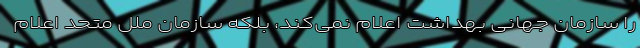
را سازمان جهانی بهداشت اعلام نمی‌کند، بلکه سازمان ملل متحد اعلام